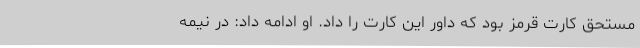
مستحق کارت قرمز بود که داور این کارت را داد. او ادامه داد: در نیمه